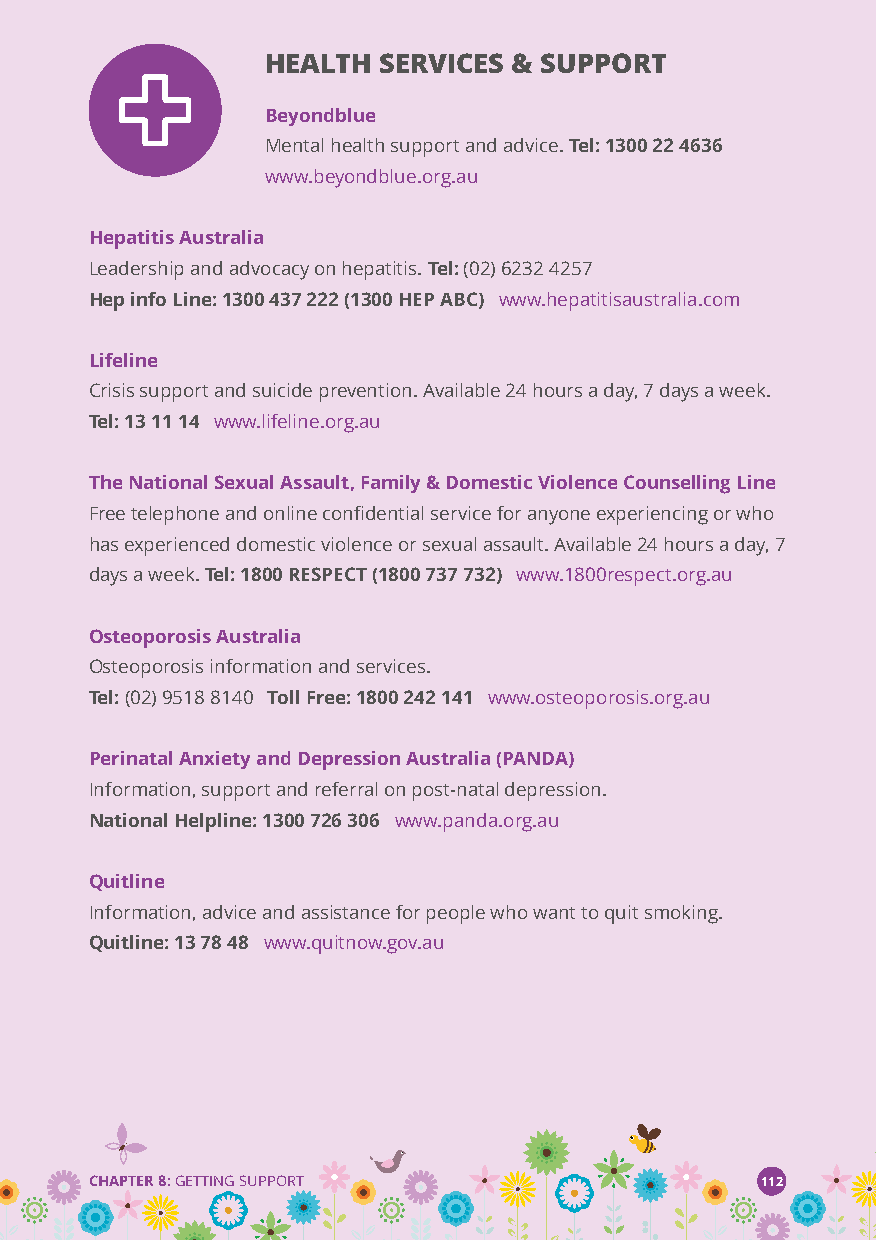
HEALTH SERVICES & SUPPORT
 Beyondblue
 Mental health support and advice.Tel: 1300 22 4636
 www.beyondblue.org.au
 Hepatitis Australia
 Leadership and advocacy on hepatitis.Tel:(02) 6232 4257
 Hep info Line: 1300 437 222 (1300 HEP ABC) www.hepatitisaustralia.com
 Lifeline
 Crisis support and suicide prevention. Available 24 hours a day, 7 days a week.
 Tel: 13 11 14 www.lifeline.org.au
 The National Sexual Assault, Family & Domestic Violence Counselling Line
 Free telephone and online confidential service for anyone experiencing or who
 has experienced domestic violence or sexual assault. Available 24 hours a day, 7
 days a week.Tel: 1800 RESPECT (1800 737 732) www.1800respect.org.au
 Osteoporosis Australia
 Osteoporosis information and services.
 Tel:(02) 9518 8140 Toll Free: 1800 242 141 www.osteoporosis.org.au
 Perinatal Anxiety and Depression Australia (PANDA)
 Information, support and referral on post-natal depression.
 National Helpline: 1300 726 306 www.panda.org.au
 Quitline
 Information, advice and assistance for people who want to quit smoking.
 Quitline: 13 78 48 www.quitnow.gov.au
 CHAPTER 8:GETTING SUPPORT                   112